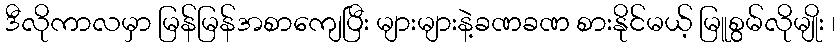
ဒီလိုကာလမှာ မြန်မြန်အစာကျေပြီး များများနဲ့ခဏခဏ စားနိုင်မယ့် မြူစွမ်လိုမျိုး ၊